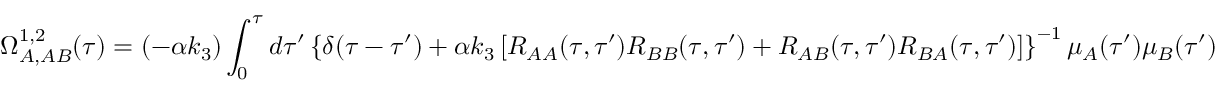
\Omega _ { A , A B } ^ { 1 , 2 } ( \tau ) = ( - \alpha k _ { 3 } ) \int _ { 0 } ^ { \tau } d \tau ^ { \prime } \left\{ \delta ( \tau - \tau ^ { \prime } ) + \alpha k _ { 3 } \left[ R _ { A A } ( \tau , \tau ^ { \prime } ) R _ { B B } ( \tau , \tau ^ { \prime } ) + R _ { A B } ( \tau , \tau ^ { \prime } ) R _ { B A } ( \tau , \tau ^ { \prime } ) \right] \right\} ^ { - 1 } \mu _ { A } ( \tau ^ { \prime } ) \mu _ { B } ( \tau ^ { \prime } )